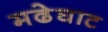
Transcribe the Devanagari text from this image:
मढेघाट